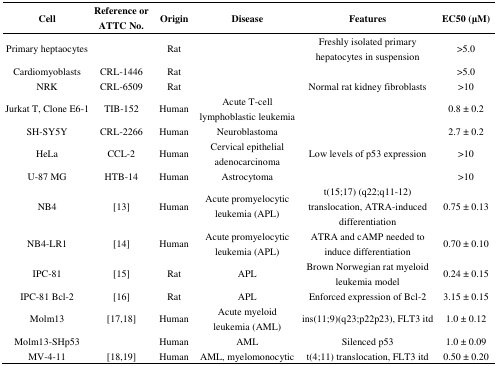
<table><thead><tr><td><b>Cell</b></td><td><b>Reference or ATTC No.</b></td><td><b>Origin</b></td><td><b>Disease</b></td><td><b>Features</b></td><td><b>EC50 (μM)</b></td></tr></thead><tbody><tr><td>Primary heptaocytes</td><td></td><td>Rat</td><td></td><td>Freshly isolated primary hepatocytes in suspension</td><td>&gt;5.0</td></tr><tr><td>Cardiomyoblasts</td><td>CRL-1446</td><td>Rat</td><td></td><td></td><td>&gt;5.0</td></tr><tr><td>NRK</td><td>CRL-6509</td><td>Rat</td><td></td><td>Normal rat kidney fibroblasts</td><td>&gt;10</td></tr><tr><td>Jurkat T, Clone E6-1</td><td>TIB-152</td><td>Human</td><td>Acute T-cell lymphoblastic leukemia</td><td></td><td>0.8 ± 0.2</td></tr><tr><td>SH-SY5Y</td><td>CRL-2266</td><td>Human</td><td>Neuroblastoma</td><td></td><td>2.7 ± 0.2</td></tr><tr><td>HeLa</td><td>CCL-2</td><td>Human</td><td>Cervical epithelial adenocarcinoma</td><td>Low levels of p53 expression</td><td>&gt;10</td></tr><tr><td>U-87 MG</td><td>HTB-14</td><td>Human</td><td>Astrocytoma</td><td></td><td>&gt;10</td></tr><tr><td>NB4</td><td>[13]</td><td>Human</td><td>Acute promyelocytic leukemia (APL)</td><td>t(15;17) (q22;q11-12) translocation, ATRA-induced differentiation</td><td>0.75 ± 0.13</td></tr><tr><td>NB4-LR1</td><td>[14]</td><td>Human</td><td>Acute promyelocytic leukemia (APL)</td><td>ATRA and cAMP needed to induce differentiation</td><td>0.70 ± 0.10</td></tr><tr><td>IPC-81 </td><td>[15]</td><td>Rat</td><td>APL</td><td>Brown Norwegian rat myeloid leukemia model</td><td>0.24 ± 0.15</td></tr><tr><td>IPC-81 Bcl-2</td><td>[16]</td><td>Rat</td><td>APL</td><td>Enforced expression of Bcl-2</td><td>3.15 ± 0.15</td></tr><tr><td>Molm13</td><td>[17,18]</td><td>Human</td><td>Acute myeloid leukemia (AML)</td><td>ins(11;9)(q23;p22p23), FLT3 itd</td><td>1.0 ± 0.12</td></tr><tr><td>Molm13-SHp53</td><td></td><td>Human</td><td>AML</td><td>Silenced p53</td><td>1.0 ± 0.09</td></tr><tr><td>MV-4-11</td><td>[18,19]</td><td>Human</td><td>AML, myelomonocytic</td><td>t(4;11) translocation, FLT3 itd</td><td>0.50 ± 0.20</td></tr></tbody></table>